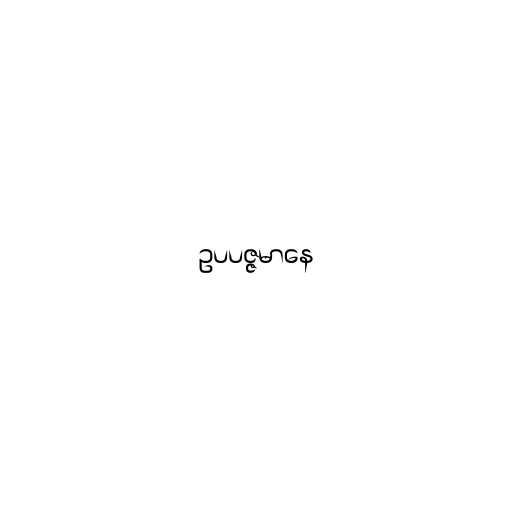
ဥပပဇ္ဇမာနေ